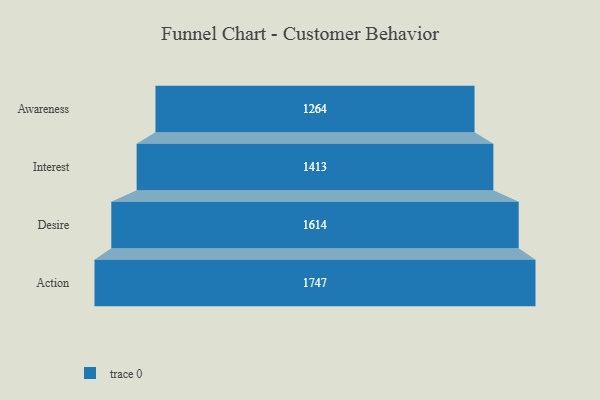
{"axis": {"x": "Stage", "y": "Value"}, "legend": [""], "data": [{"x": "Awareness", "y": 1264.0, "type": ""}, {"x": "Interest", "y": 1413.0, "type": ""}, {"x": "Desire", "y": 1614.0, "type": ""}, {"x": "Action", "y": 1747.0, "type": ""}]}